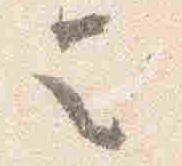
令